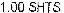
1.00 SHTS